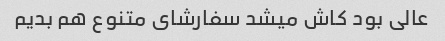
عالی بود کاش میشد سفارشای متنوع هم بدیم